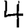
Digit: 4